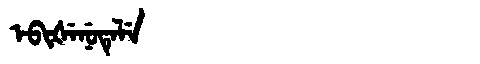
Manchu: ᡝᠪᡳᡧᡝᠨᡠᡨᡝᠯᡝ
Romanization: EBIŠENUTELE